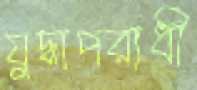
যুদ্ধাপরাধী